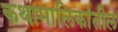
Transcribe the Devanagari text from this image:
कथामालिकांतील